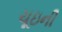
ચૂઇની